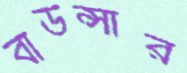
বাউন্সার